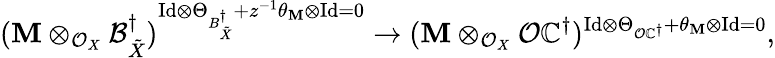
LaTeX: (\mathbf{M}\otimes_{\mathcal{{O}}_{X}}\mathcal{{B}}_{\tilde{{X}}}^{\dagger})^{\mathrm{{Id}}\otimes\Theta_{B_{\tilde{{X}}}^{\dagger}}+z^{-1}\theta_{\mathbf{M}}\otimes\mathrm{{Id}}=0}\to(\mathbf{M}\otimes_{\mathcal{{O}}_{X}}\mathcal{{O}}\mathbb{{C}}^{\dagger})^{\mathrm{{Id}}\otimes\Theta_{\mathcal{{O}}\mathbb{{C}}^{\dagger}}+\theta_{\mathbf{M}}\otimes\mathrm{{Id}}=0},